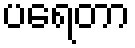
ပရေတာ